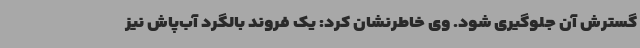
گسترش آن جلوگیری شود. وی خاطرنشان کرد: یک فروند بالگرد آب‌پاش نیز